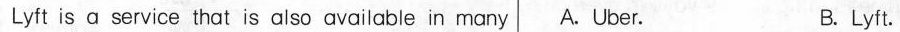
Lyft is a service that is also available in many A. Uber. B.Lyft.